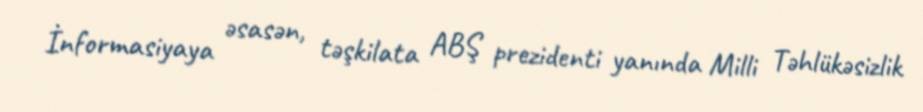
İnformasiyaya əsasən, təşkilata ABŞ prezidenti yanında Milli Təhlükəsizlik